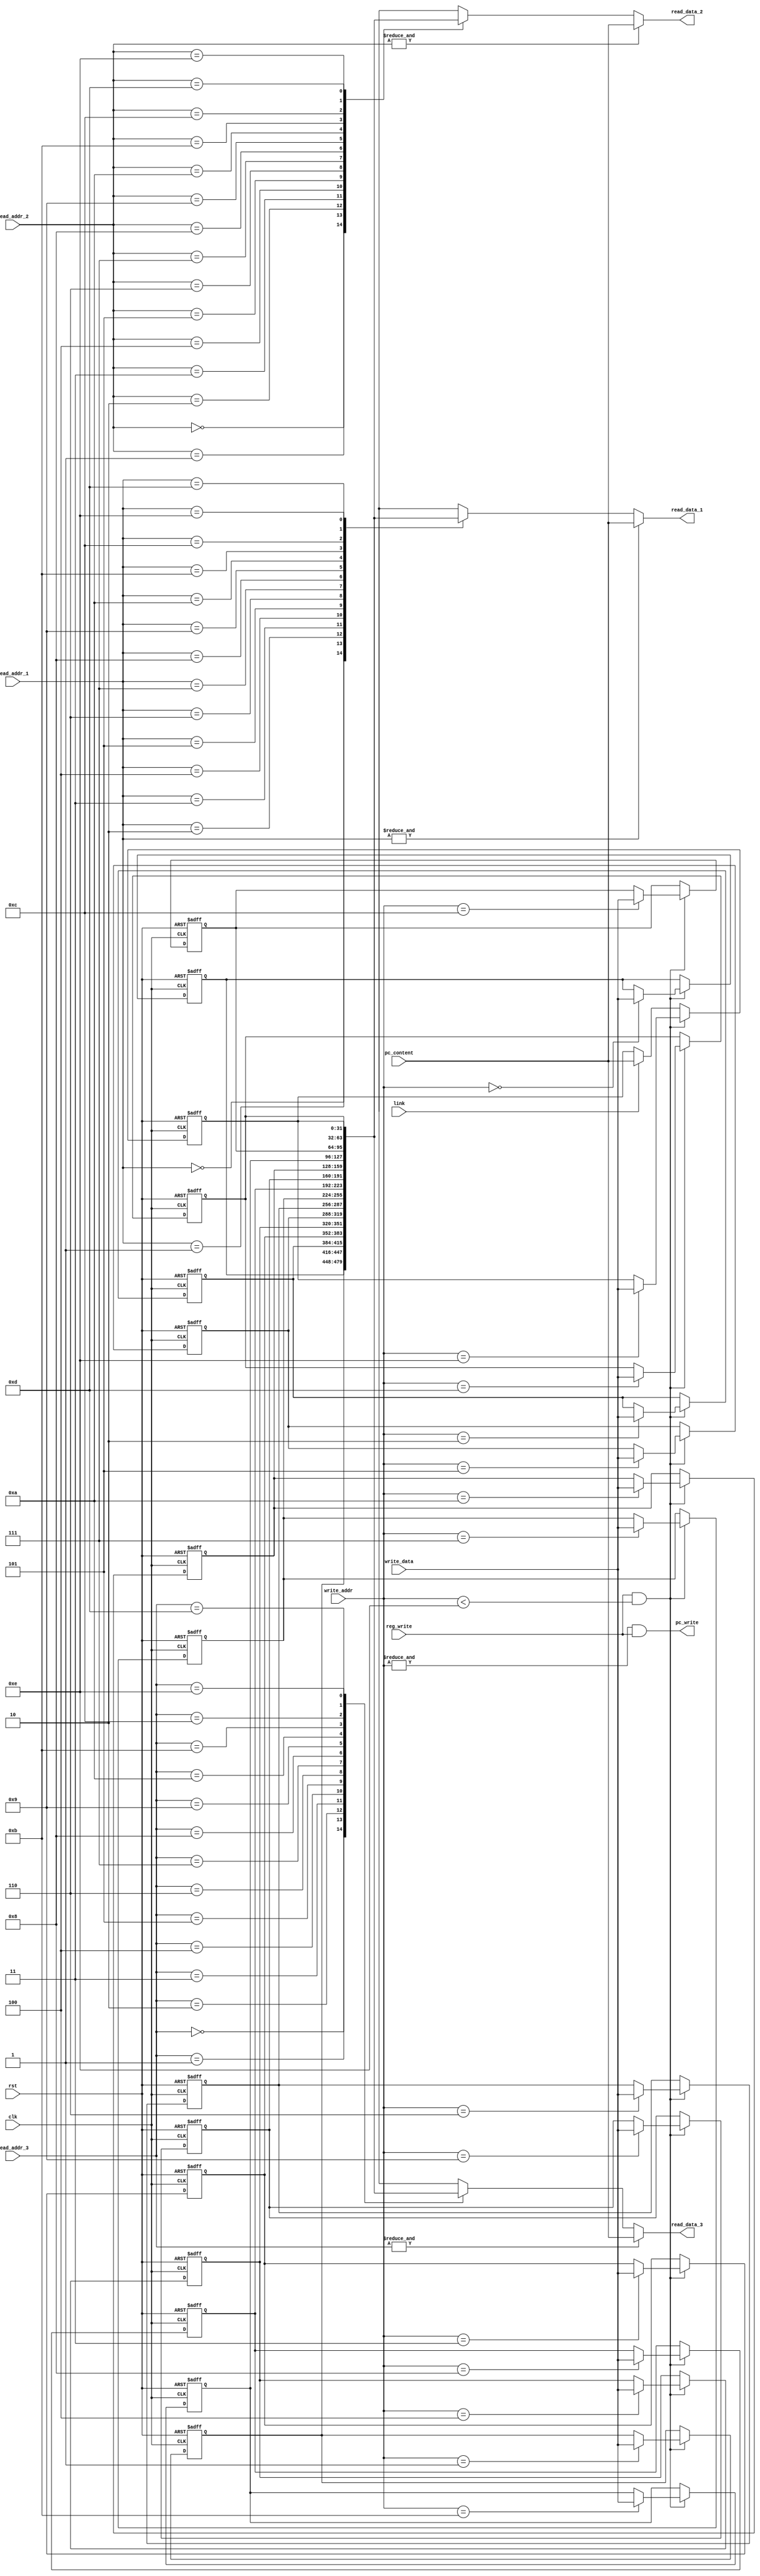
module register_file(clk, rst, reg_write, link,
					read_addr_1, read_addr_2, read_addr_3, write_addr,
					write_data, pc_content,
					pc_write, read_data_1, read_data_2, read_data_3);
	
	input clk, rst, reg_write, link;
	input [3:0]read_addr_1, read_addr_2, read_addr_3, write_addr;
	input [31:0]write_data, pc_content;
	output pc_write;
	output [31:0]read_data_1, read_data_2, read_data_3;
	
	reg [31:0]memory[14:0];
	integer i;
	
	always@(posedge clk or posedge rst) begin
		if (rst) begin
			for (i = 0; i < 15; i = i + 1)
				memory[i] <= 0;
		end
		else begin
			if (reg_write & (write_addr < 4'b1110)) memory[write_addr] <= write_data; 
			else if (link) memory[14] <= pc_content;
		end
	end
	
	assign pc_write = (&write_addr) & reg_write;
	assign read_data_1 = (&read_addr_1)? pc_content : memory[read_addr_1];
	assign read_data_2 = (&read_addr_2)? pc_content : memory[read_addr_2];
	assign read_data_3 = (&read_addr_3)? pc_content : memory[read_addr_3];
endmodule